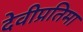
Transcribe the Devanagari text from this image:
देवीप्रतिमा